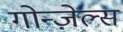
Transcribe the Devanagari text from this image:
गोन्ज़ेल्स